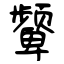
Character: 颦